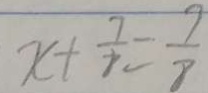
x + \frac { 7 } { 8 } = \frac { 7 } { 8 }